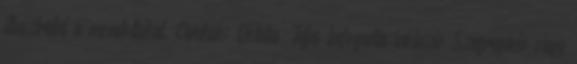
illusztrálni a mondottakat. Címkék: Oktatás, Teljes befogadás:inkluzió Szegregáció vagy